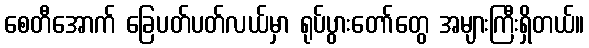
စေတီအောက် ခြေပတ်ပတ်လယ်မှာ ရုပ်ပွားတော်တွေ အများကြီးရှိတယ်။